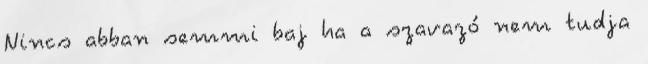
Nincs abban semmi baj ha a szavazó nem tudja